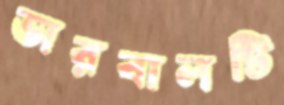
ভারবালটি